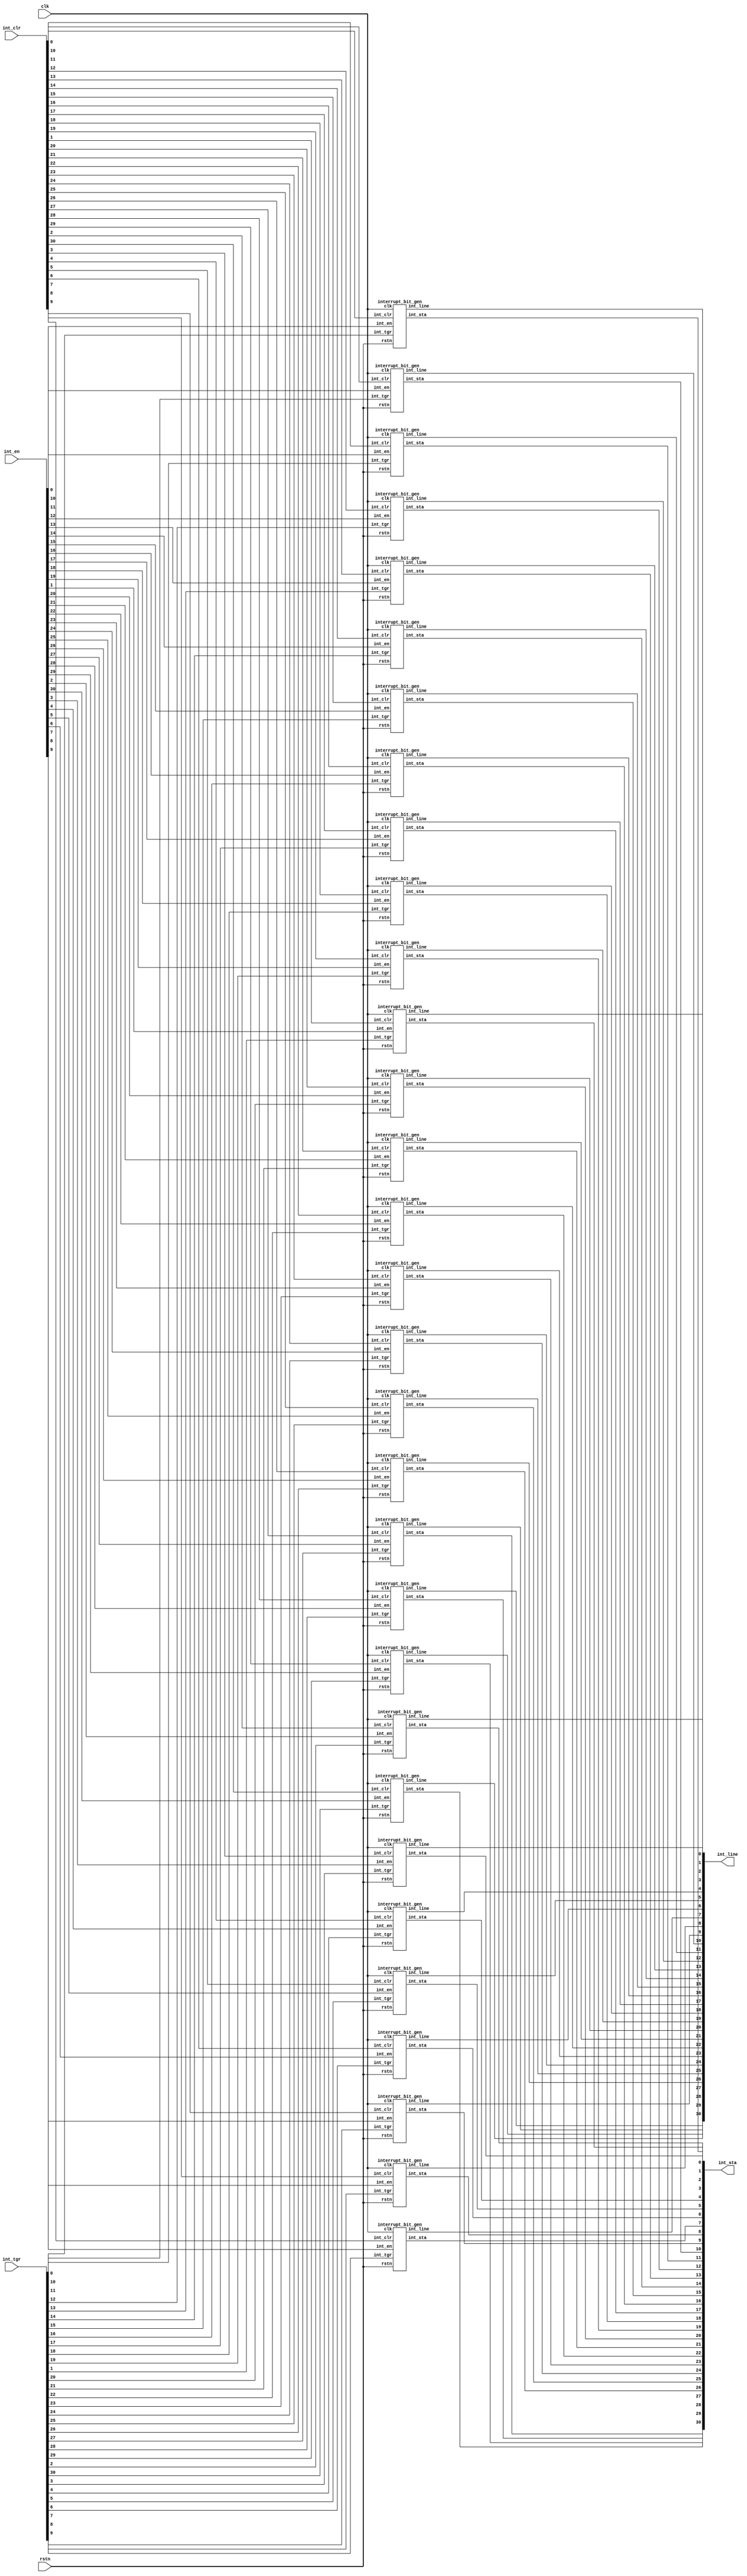
//===============================================
//
//	Version: v1.0
//
// 	This lib is used to handle and generate interrupt.
//
//===============================================

//===============================================
// interrupt generation
//===============================================

module interrupt_gen
#(
	parameter								WIDTH = 31
)
(
	input									clk,
	input									rstn,

	input 		[WIDTH-1:0]					int_en,
	input 		[WIDTH-1:0]					int_tgr,
	input 		[WIDTH-1:0]					int_clr,
	output 		[WIDTH-1:0]					int_sta,
	output  	[WIDTH-1:0]					int_line
);

genvar										i;

generate
	for(i = 0; i < WIDTH; i = i + 1)
	begin: INT_GEN
		interrupt_bit_gen u_int_bit_gen
		(
			.clk							(clk),
			.rstn							(rstn),

			.int_en							(int_en[i]),
			.int_tgr						(int_tgr[i]),
			.int_clr						(int_clr[i]),
			.int_sta						(int_sta[i]),
			.int_line						(int_line[i])
		);
	end
endgenerate

endmodule

module interrupt_bit_gen
(
	input									clk,
	input									rstn,

	input 									int_en,
	input 									int_tgr,
	input 									int_clr,
	output reg								int_sta,
	output  								int_line
);

//always @(posedge clk or negedge rstn)
//begin
//	if(!rstn)
//		int_sta <= 1'b0;
//	else
//		int_sta <= int_tgr;
//end

//always @(posedge clk or negedge rstn)
//begin
//	if(!rstn)
//		int <= 1'b0;
//	else if((int == 1'b0) && (int_en == 1'b1))
//		int <= int_tgr;
//	else if((int == 1'b1) && (int_clr == 1'b1))
//		int <= 1'b0;
//	else
//		int <= int;
//end

assign int_line = int_sta && int_en;

always @(posedge clk or negedge rstn)
begin
	if(!rstn)
		int_sta <= 1'b0;
	else if(int_sta == 1'b0)
		int_sta <= int_tgr;
	else if((int_sta == 1'b1) && (int_clr == 1'b1))
		int_sta <= 1'b0;
	else
		int_sta <= int_sta;
end

endmodule